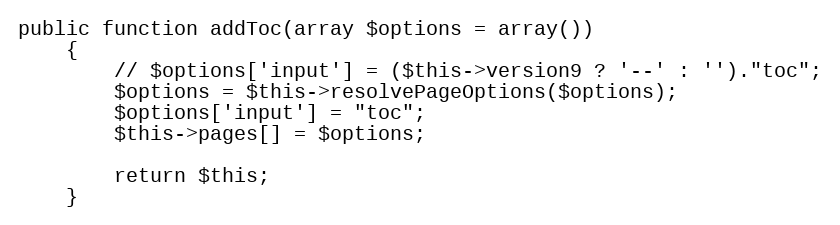
Language: PHP
public function addToc(array $options = array())
    {
        // $options['input'] = ($this->version9 ? '--' : '')."toc";
        $options = $this->resolvePageOptions($options);
        $options['input'] = "toc";
        $this->pages[] = $options;

        return $this;
    }